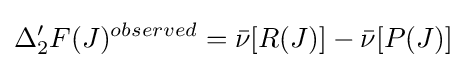
\Delta _{2}^{\prime }F(J)^{observed}={\bar {\nu }}[R(J)]-{\bar {\nu }}[P(J)]